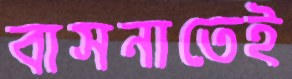
বাসনাতেই